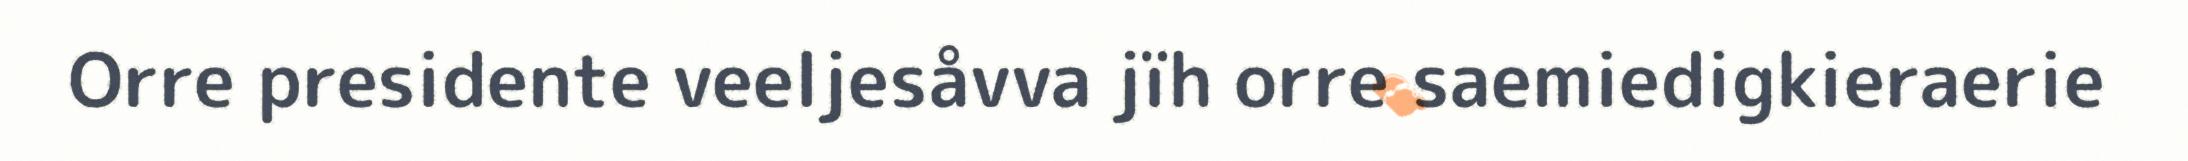
Orre presidente veeljesåvva jïh orre saemiedigkieraerie